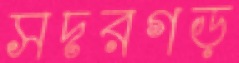
সদরগড়